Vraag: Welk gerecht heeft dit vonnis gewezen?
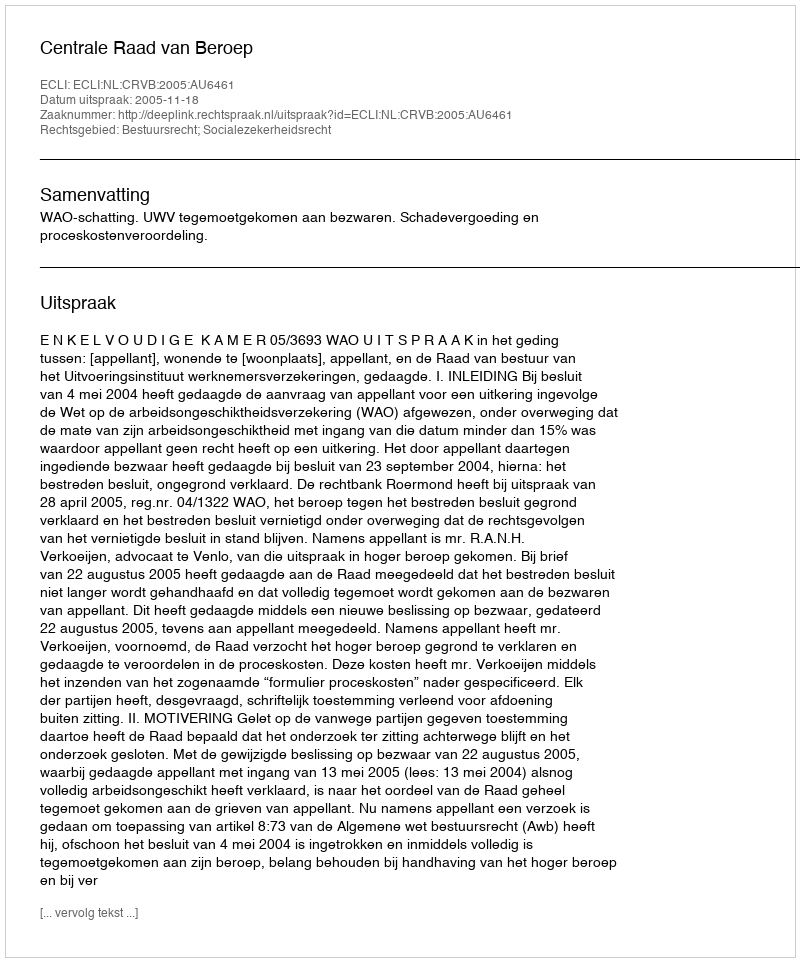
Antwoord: Centrale Raad van Beroep